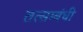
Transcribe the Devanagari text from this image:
तत्सम्बंधी